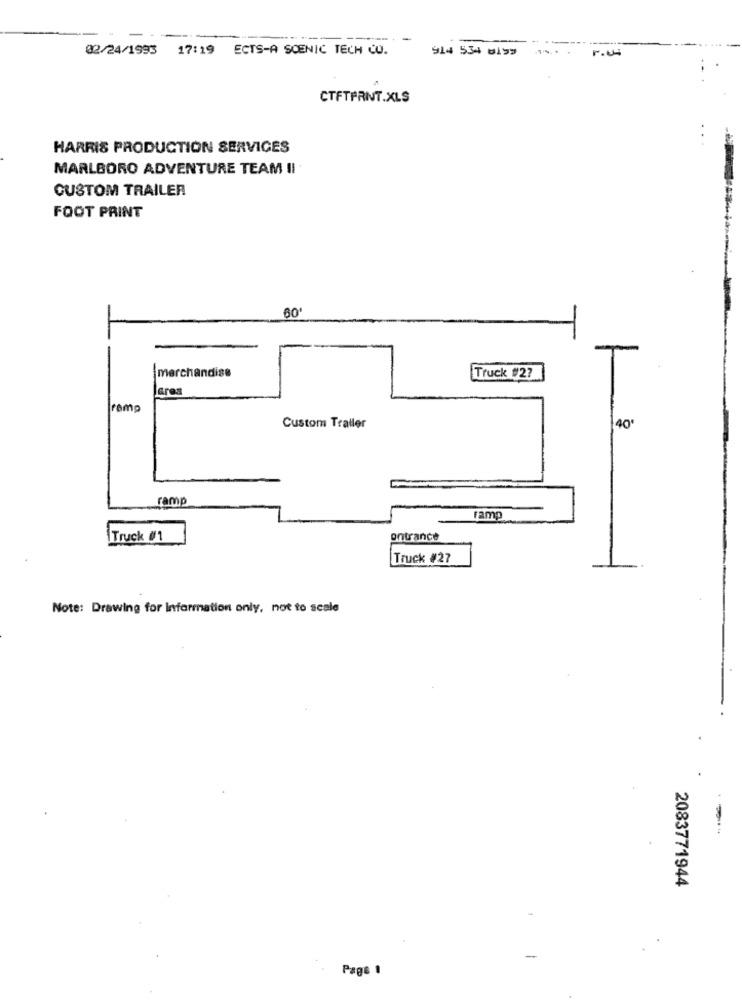
---
-
02/24/1993 17:19 ECTS-A SCENIC TECH CO.
914 534 0199
CTFTPRINT.XLS
HARRIS PRODUCTION SERVICES
MARLBORO ADVENTURE TEAM II
CUSTOM TRAILER
FOOT PRINT
60'
merchandise
Truck #2?
Gres
romp
Custom Trailer
40
ramp
ram
Truck 01
entrance
Truck #27
Note: Drawing for Information only, not to scale
2083771944
-
Page 1